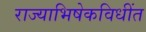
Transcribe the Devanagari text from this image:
राज्याभिषेकविधींत